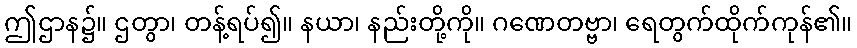
ဤဌာန၌။ ဌတွာ၊ တန့်ရပ်၍။ နယာ၊ နည်းတို့ကို။ ဂဏေတဗ္ဗာ၊ ရေတွက်ထိုက်ကုန်၏။